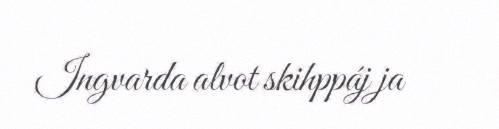
Ingvarda alvot skihppáj ja